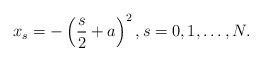
LaTeX: \begin{align*} x_s = -\left(\frac{s}{2}+a\right)^2, s = 0,1,\dots,N. \end{align*}